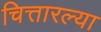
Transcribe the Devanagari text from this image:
चित्तारल्या